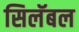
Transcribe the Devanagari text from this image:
सिलॅबल